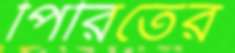
পিরিতের